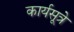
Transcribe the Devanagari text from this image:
कार्यसूत्रे